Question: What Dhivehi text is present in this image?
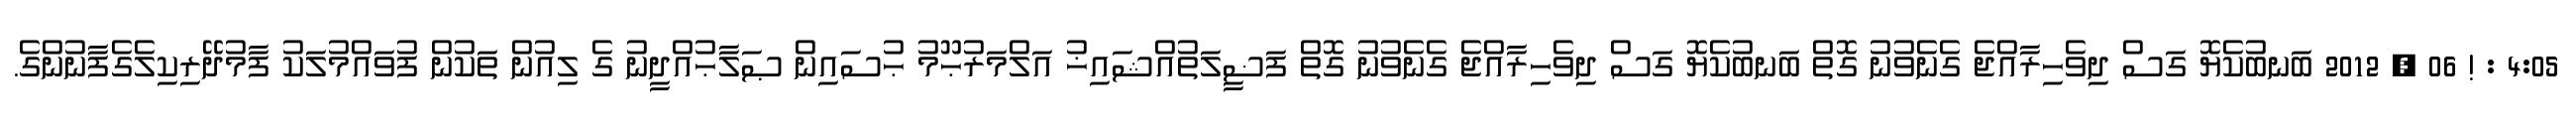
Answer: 4:05 : ! 06 , 2012 ބަނބުކެޔޮ ގަސް ދިވެހިރާއްޖެ ގެނެވުނު ގޮތް ބަނބުކެޔޮ ގަސް ދިވެހިރާއްޖެ ގެނެވުނު ގޮތް ފަޟީލަތުއްޝައިޚު އަލްމަރުޙޫމު ޙުސައިން ޞަލާޙުއްދީނު ގެ ލިއުން ތަކުން ފުވައްމުލަކު ފާމުދޭރިކިލެގެފާނުންގެ.